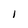
Character: l